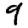
Digit: 9